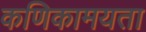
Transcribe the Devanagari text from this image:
कणिकामयता